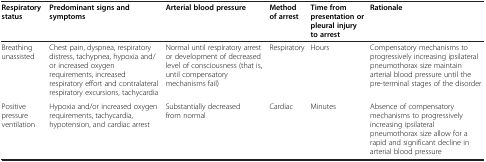
<table><thead><tr><td><b>Respiratory status</b></td><td><b>Predominant signs and symptoms</b></td><td><b>Arterial blood pressure</b></td><td><b>Method of arrest</b></td><td><b>Time from presentation or pleural injury to arrest</b></td><td><b>Rationale</b></td></tr></thead><tbody><tr><td>Breathing unassisted</td><td>Chest pain, dyspnea, respiratory distress, tachypnea, hypoxia and/or increased oxygen requirements, increased respiratory effort and contralateral respiratory excursions, tachycardia</td><td>Normal until respiratory arrest or development of decreased level of consciousness (that is, until compensatory mechanisms fail)</td><td>Respiratory</td><td>Hours</td><td>Compensatory mechanisms to progressively increasing ipsilateral pneumothorax size maintain arterial blood pressure until the pre-terminal stages of the disorder</td></tr><tr><td>Positive pressure ventilation</td><td>Hypoxia and/or increased oxygen requirements, tachycardia, hypotension, and cardiac arrest</td><td>Substantially decreased from normal</td><td>Cardiac</td><td>Minutes</td><td>Absence of compensatory mechanisms to progressively increasing ipsilateral pneumothorax size allow for a rapid and significant decline in arterial blood pressure</td></tr></tbody></table>